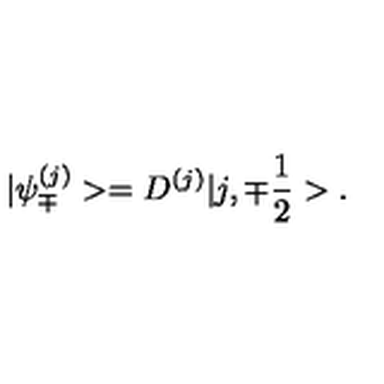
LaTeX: | { \psi } _ { \mp } ^ { ( j ) } > = D ^ { ( j ) } | j , { \mp } \frac { 1 } { 2 } > .